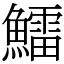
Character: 鱩